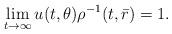
LaTeX: \begin{align*} \lim_{t\to \infty}u(t,\theta)\rho^{-1}(t,\bar{r})=1.\end{align*}